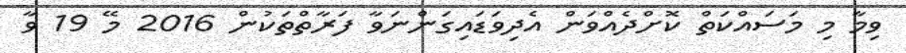
ވިމާ މި މަސައްކަތް ކޮށްދެއްވަން އެދިވަޑައިގަންނަވާ ފަރާތްތަކުން 2016 މޭ 19 ވާ